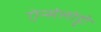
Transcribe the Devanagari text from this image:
ऐन्सेलोट्टी